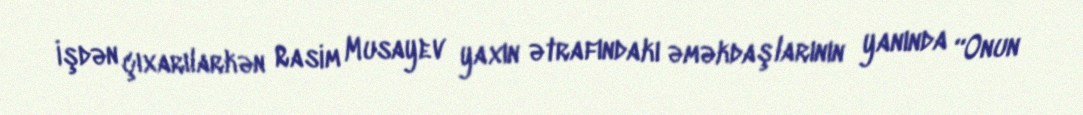
İşdən çıxarılarkən Rasim Musayev yaxın ətrafındakı əməkdaşlarının yanında “Onun